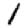
Digit: 1